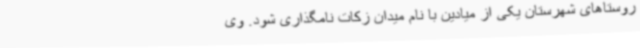
روستاهای شهرستان یکی از میادین با نام میدان زکات نامگذاری شود. وی